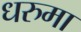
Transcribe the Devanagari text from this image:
धरुमा